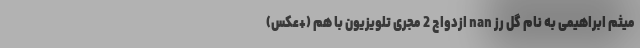
میثم ابراهیمی به نام گل رز nan ازدواج 2 مجری تلویزیون با هم (+عکس)